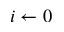
i \gets 0